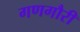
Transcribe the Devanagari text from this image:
गणगौरी